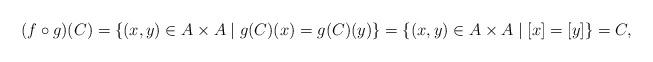
LaTeX: \begin{align*}(f\circ g)(C)=\{(x,y) \in A \times A \mid g(C)(x)=g(C)(y)\} =\{(x,y) \in A \times A \mid [x]=[y]\}=C,\end{align*}